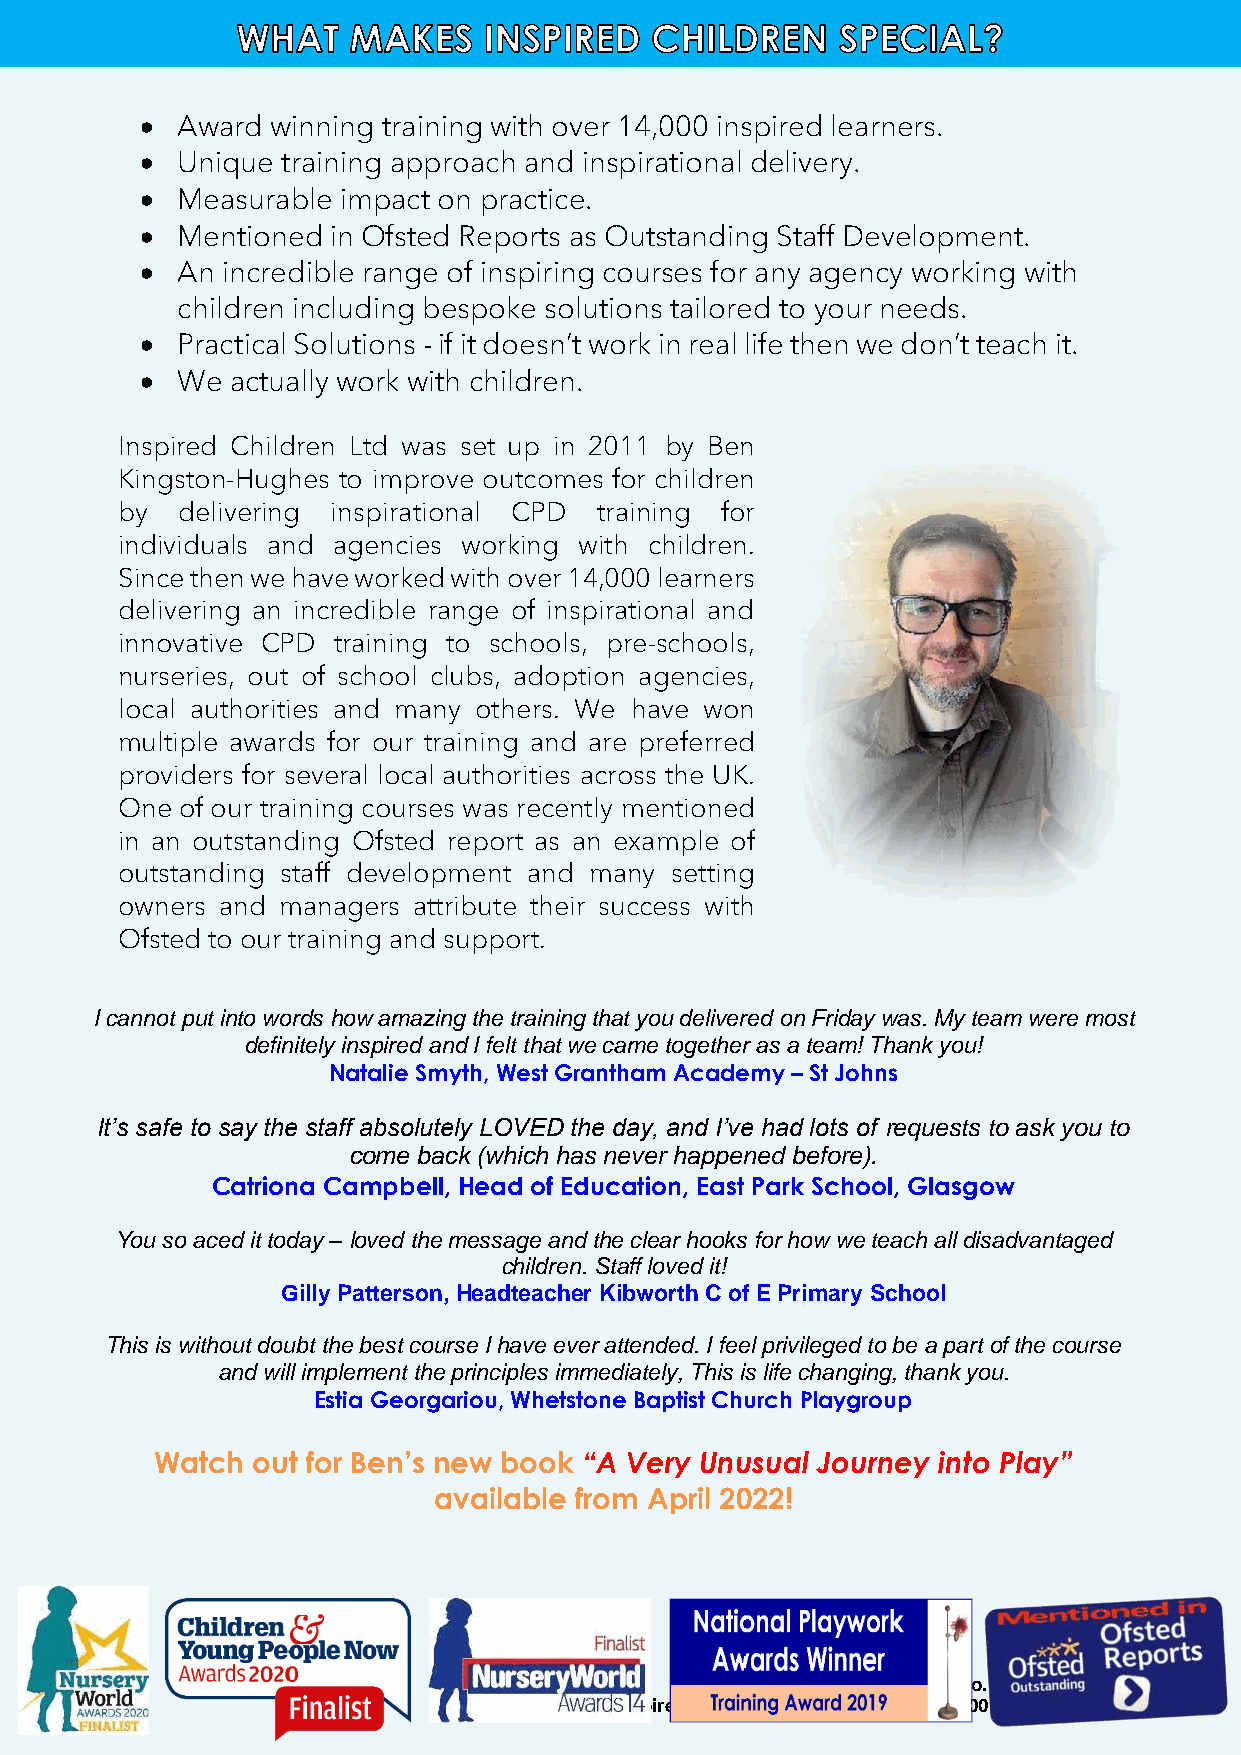
•  Award winning training with over 14,000 inspired learners.
 •  Unique training approach and inspirational delivery.
 •  Measurable impact on practice.
 •  Mentioned in Ofsted Reports as Outstanding Staff Development.
 •  An incredible range of inspiring courses for any agency working with
 children including bespoke solutions tailored to your needs.
 •  Practical Solutions - if it doesn’t work in real life then we don’t teach it.
 •  We actually work with children.
 Inspired Children Ltd was set up in 2011 by Ben
 Kingston-Hughes to improve outcomes for children
 by  delivering inspirational CPD training for
 individuals and agencies working with children.
 Since then we have worked with over 14,000 learners
 delivering an incredible range of inspirational and
 innovative CPD training to schools, pre-schools,
 nurseries, out of school clubs, adoption agencies,
 local authorities and many others. We have won
 multiple awards for our training and are preferred
 providers for several local authorities across the UK.
 One of our training courses was recently mentioned
 in an outstanding Ofsted report as an example of
 outstanding staff development and many setting
 owners and managers attribute their success with
 Ofsted to our training and support.
 I cannot put into words how amazing the training that you delivered on Friday was. My team were most
 definitely inspired and I felt that we came together as a team! Thank you!
 Natalie Smyth, West Grantham Academy – St Johns
 It’s safe to say the staff absolutely LOVED the day, and I’ve had lots of requests to ask you to
 come back (which has never happened before).
 Catriona Campbell, Head of Education, East Park School, Glasgow
 You so aced it today – loved the message and the clear hooks for how we teach all disadvantaged
 children. Staff loved it!
 Gilly Patterson, Headteacher Kibworth C of E Primary School
 This is without doubt the best course I have ever attended. I feel privileged to be a part of the course
 and will implement the principles immediately, This is life changing, thank you.
 Estia Georgariou, Whetstone Baptist Church Playgroup
 Watch  out for Ben’s new book “A Very Unusual Journey into Play”
 available from April 2022!
 www.inspiredchildren.co.uk 1
 info@inspiredchildren.org.uk phone: 0116 4030066